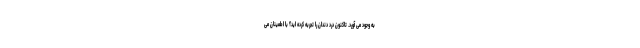
به وجود می آورد. تاکنون درد دندان را تجربه کرده اید؟ با اطمینان می